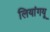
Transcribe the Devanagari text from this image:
लियांगयू